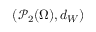
( \mathscr { P } _ { 2 } ( \Omega ) , d _ { W } )